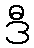
ဒီ